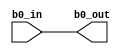
`timescale 1ns / 1ps
//////////////////////////////////////////////////////////////////////////////////
// Company: 
// Engineer: 
// 
// Design Name: 
// Module Name:    BK_SHIFT0 
// Project Name: 
// Target Devices: 
// Tool versions: 
// Description: 
//
// Dependencies: 
//
// Revision: 
// Revision 0.01 - File Created
// Additional Comments: 
//
//////////////////////////////////////////////////////////////////////////////////
module ARS_BK_SHIFT0 (b0_out,
                 b0_in
                 );
                 
parameter BWIDTH=32;

output [0:BWIDTH-1] b0_out;
reg    [0:BWIDTH-1] b0_out;
input  [0:BWIDTH-1] b0_in;

always @ (b0_in)
    b0_out=b0_in;
endmodule